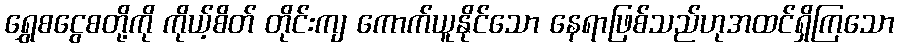
ရွှေစငွေစတို့ကို ကိုယ့်စိတ် တိုင်းကျ ကောက်ယူနိုင်သော နေရာဖြစ်သည်ဟုအထင်ရှိကြသော